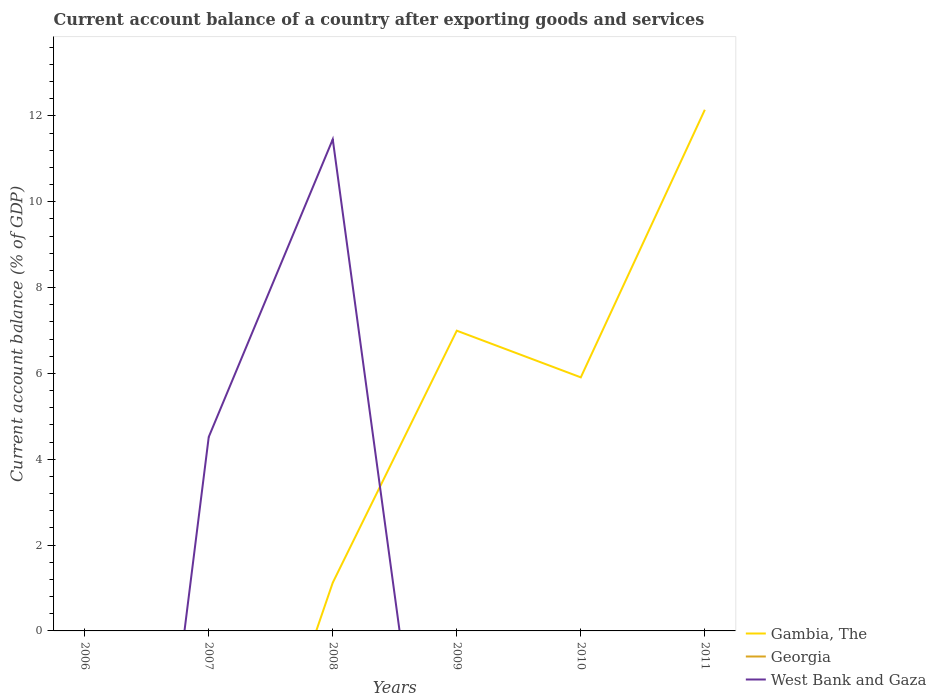
| Years | Gambia, The | Georgia | West Bank and Gaza |
 | --- | --- | --- | --- |
 | 2006 | -10 | -15.4 | -18.6 |
 | 2007 | -7.31 | -19.6 | 4.52 |
 | 2008 | 1.12 | -22 | 11.5 |
 | 2009 | 6.99 | -10.6 | -9.8 |
 | 2010 | 5.91 | -10.3 | -7.75 |
 | 2011 | 12.1 | -12.7 | -21 |